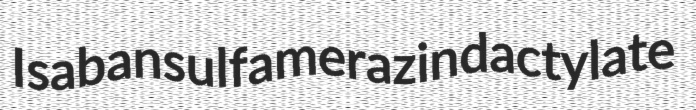
Isaban sulfamerazin dactylate